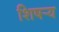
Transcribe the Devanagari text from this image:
शिषऱ्य